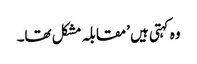
وہ کہتی ہیں ’مقابلہ مشکل تھا۔